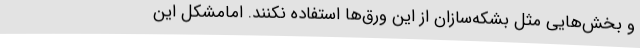
و بخش‌هایی مثل بشکه‌سازان از این ورق‌ها استفاده نکنند. امامشکل این